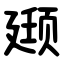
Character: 颋